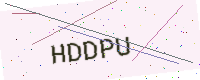
Text: HDDPU